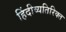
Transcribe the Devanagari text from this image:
हिंदीव्यतिरिक्त